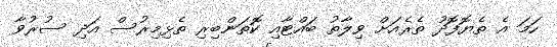
ހަމަ އެ ތެޔޮފޮދު ތެރެއަށް ވިލާތު ބައްޓާއި ކޮތަންބިރި ތެޅިމިރުސް އަދި ސުރުވާ